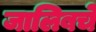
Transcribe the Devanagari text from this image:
जालिबचे